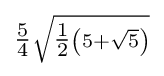
\scriptstyle {\tfrac {5}{4}}{\sqrt {{\tfrac {1}{2}}\left(5+{\sqrt {5}}\right)}}